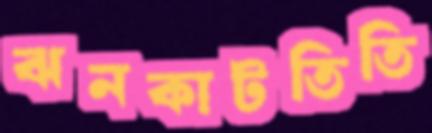
ঝনকাটতিতি